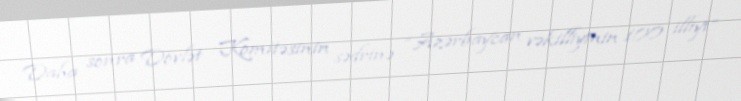
Daha sonra Dövlət Komitəsinin sədrinə “Azərbaycan vəkilliyinin 100 illiyi”